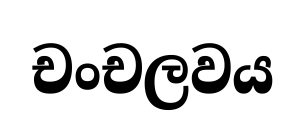
චංචලවය